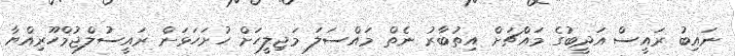
ނައިބު ރައީސް އަދީބުގެ މައްޗަށް އިތުބާރު ނެތް މައްސަލަ މަޖިލީހަށް ހުށަހަޅަން ރައީސުލްޖުމްހޫރިއްޔާ